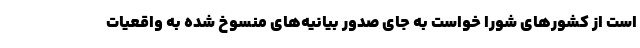
است از کشورهای شورا خواست به جای صدور بیانیه‌های منسوخ شده به واقعیات